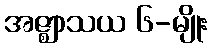
အဇ္ဈာသယ ၆-မျိုး